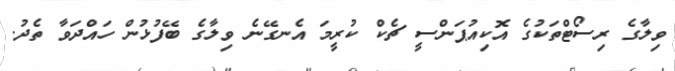
ވިލާގެ ރިސޯޓްތަކުގެ އޮކިއުޕަންސީ ޗެކް ކުރީމަ އެނގޭނެ ވިލާގެ ބޭފުޅުން ހައްދަވާ ތެދު.